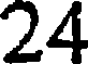
24